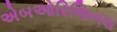
એબઓરિજિનલ